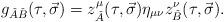
LaTeX: \begin{align*}g_{\check{A}\check{B}}(\tau,\vec{\sigma})=z^\mu_{\check{A}}(\tau,\vec{\sigma})\eta_{\mu\nu}z^\nu_{\check{B}}(\tau,\vec{\sigma}). \end{align*}